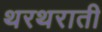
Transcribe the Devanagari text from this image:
थरथराती